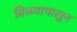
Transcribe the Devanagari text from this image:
बिब्ब्यापासून